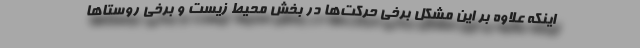
اینکه علاوه بر این مشکل برخی حرکت‌ها در بخش محیط زیست و برخی روستاها